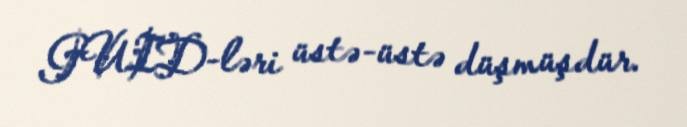
GUID-ləri üstə-üstə düşmüşdür.